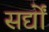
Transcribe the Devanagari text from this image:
सर्द्यों